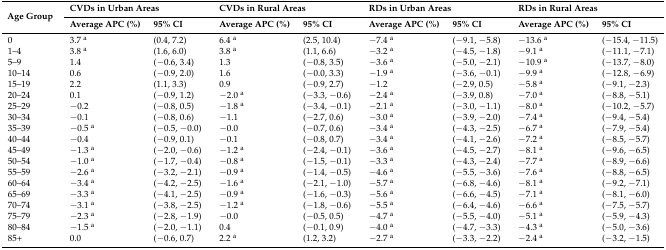
<table><thead><tr><td rowspan="2"><b>Age Group</b></td><td colspan="2"><b>CVDs in Urban Areas</b></td><td colspan="2"><b>CVDs in Rural Areas </b></td><td colspan="2"><b>RDs in Urban Areas</b></td><td colspan="2"><b>RDs in Rural Areas</b></td></tr><tr><td><b>Average APC (%)</b></td><td><b>95% CI</b></td><td><b>Average APC (%)</b></td><td><b>95% CI</b></td><td><b>Average APC (%)</b></td><td><b>95% CI</b></td><td><b>Average APC (%)</b></td><td><b>95% CI</b></td></tr></thead><tbody><tr><td>0</td><td>3.7 <sup>a</sup></td><td>(0.4, 7.2)</td><td>6.4 <sup>a</sup></td><td>(2.5, 10.4)</td><td>−7.4 <sup>a</sup></td><td>(−9.1, −5.8)</td><td>−13.6 <sup>a</sup></td><td>(−15.4, −11.5)</td></tr><tr><td>1–4</td><td>3.8 <sup>a</sup></td><td>(1.6, 6.0)</td><td>3.8 <sup>a</sup></td><td>(1.1, 6.6)</td><td>−3.2 <sup>a</sup></td><td>(−4.5, −1.8)</td><td>−9.1 <sup>a</sup></td><td>(−11.1, −7.1)</td></tr><tr><td>5–9</td><td>1.4</td><td>(−0.6, 3.4)</td><td>1.3 </td><td>(−0.8, 3.5)</td><td>−3.6 <sup>a</sup></td><td>(−5.0, −2.1)</td><td>−10.9 <sup>a</sup></td><td>(−13.7, −8.0)</td></tr><tr><td>10–14</td><td>0.6</td><td>(−0.9, 2.0)</td><td>1.6 </td><td>(−0.0, 3.3)</td><td>−1.9 <sup>a</sup></td><td>(−3.6, −0.1)</td><td>−9.9 <sup>a</sup></td><td>(−12.8, −6.9)</td></tr><tr><td>15–19</td><td>2.2</td><td>(1.1, 3.3)</td><td>0.9</td><td>(−0.9, 2.7)</td><td>−1.2</td><td>(−2.9, 0.5)</td><td>−5.8 <sup>a</sup></td><td>(−9.1, −2.3)</td></tr><tr><td>20–24</td><td>0.1</td><td>(−0.9, 1.2)</td><td>−2.0 <sup>a</sup></td><td>(−3.3, −0.6)</td><td>−2.4 <sup>a</sup></td><td>(−3.9, 0.8)</td><td>−7.0 <sup>a</sup></td><td>(−8.8, −5.1)</td></tr><tr><td>25–29</td><td>−0.2</td><td>(−0.8, 0.5)</td><td>−1.8 <sup>a</sup></td><td>(−3.4, −0.1)</td><td>−2.1 <sup>a</sup></td><td>(−3.0, −1.1)</td><td>−8.0 <sup>a</sup></td><td>(−10.2, −5.7)</td></tr><tr><td>30–34</td><td>−0.1</td><td>(−0.8, 0.6)</td><td>−1.1</td><td>(−2.7, 0.6)</td><td>−3.0 <sup>a</sup></td><td>(−3.9, −2.0)</td><td>−7.4 <sup>a</sup></td><td>(−9.4, −5.4)</td></tr><tr><td>35–39</td><td>−0.5 <sup>a</sup></td><td>(−0.5, −0.0)</td><td>−0.0</td><td>(−0.7, 0.6)</td><td>−3.4 <sup>a</sup></td><td>(−4.3, −2.5)</td><td>−6.7 <sup>a</sup></td><td>(−7.9, −5.4)</td></tr><tr><td>40–44</td><td>−0.4</td><td>(−0.9, 0.1)</td><td>−0.1</td><td>(−0.8, 0.7)</td><td>−3.4 <sup>a</sup></td><td>(−4.1, −2.6)</td><td>−7.2 <sup>a</sup></td><td>(−8.5, −5.7)</td></tr><tr><td>45–49</td><td>−1.3 <sup>a</sup></td><td>(−2.0, −0.6)</td><td>−1.2 <sup>a</sup></td><td>(−2.4, −0.1)</td><td>−3.6 <sup>a</sup></td><td>(−4.5, −2.7)</td><td>−8.1 <sup>a</sup></td><td>(−9.6, −6.5)</td></tr><tr><td>50–54</td><td>−1.0 <sup>a</sup></td><td>(−1.7, −0.4)</td><td>−0.8 <sup>a</sup></td><td>(−1.5, −0.1)</td><td>−3.3 <sup>a</sup></td><td>(−4.3, −2.4)</td><td>−7.7 <sup>a</sup></td><td>(−8.9, −6.6)</td></tr><tr><td>55–59</td><td>−2.6 <sup>a</sup></td><td>(−3.2, −2.1)</td><td>−0.9 <sup>a</sup></td><td>(−1.4, −0.5)</td><td>−4.6 <sup>a</sup></td><td>(−5.5, −3.6)</td><td>−7.6 <sup>a</sup></td><td>(−8.8, −6.5)</td></tr><tr><td>60–64</td><td>−3.4 <sup>a</sup></td><td>(−4.2, −2.5)</td><td>−1.6 <sup>a</sup></td><td>(−2.1, −1.0)</td><td>−5.7 <sup>a</sup></td><td>(−6.8, −4.6)</td><td>−8.1 <sup>a</sup></td><td>(−9.2, −7.1)</td></tr><tr><td>65–69</td><td>−3.3 <sup>a</sup></td><td>(−4.1, −2.5)</td><td>−0.9 <sup>a</sup></td><td>(−1.6, −0.3)</td><td>−5.6 <sup>a</sup></td><td>(−6.6, −4.5)</td><td>−7.1 <sup>a</sup></td><td>(−8.1, −6.0)</td></tr><tr><td>70–74</td><td>−3.1 <sup>a</sup></td><td>(−3.8, −2.5)</td><td>−1.2 <sup>a</sup></td><td>(−1.8, −0.6)</td><td>−5.5 <sup>a</sup></td><td>(−6.4, −4.6)</td><td>−6.6 <sup>a</sup></td><td>(−7.5, −5.7)</td></tr><tr><td>75–79</td><td>−2.3 <sup>a</sup></td><td>(−2.8, −1.9)</td><td>−0.0</td><td>(−0.5, 0.5)</td><td>−4.7 <sup>a</sup></td><td>(−5.5, −4.0)</td><td>−5.1 <sup>a</sup></td><td>(−5.9, −4.3)</td></tr><tr><td>80–84</td><td>−1.5 <sup>a</sup></td><td>(−2.0, −1.1)</td><td>0.4</td><td>(−0.1, 0.9)</td><td>−4.0 <sup>a</sup></td><td>(−4.7, −3.3)</td><td>−4.3 <sup>a</sup></td><td>(−5.0, −3.6)</td></tr><tr><td>85+</td><td>0.0</td><td>(−0.6, 0.7)</td><td>2.2 <sup>a</sup></td><td>(1.2, 3.2)</td><td>−2.7 <sup>a</sup></td><td>(−3.3, −2.2)</td><td>−2.4 <sup>a</sup></td><td>(−3.2, −1.5)</td></tr></tbody></table>